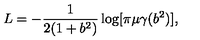
L = - \frac { 1 } { 2 ( 1 + b ^ { 2 } ) } \log [ \pi \mu \gamma ( b ^ { 2 } ) ] ,